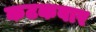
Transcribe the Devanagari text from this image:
कटकवार